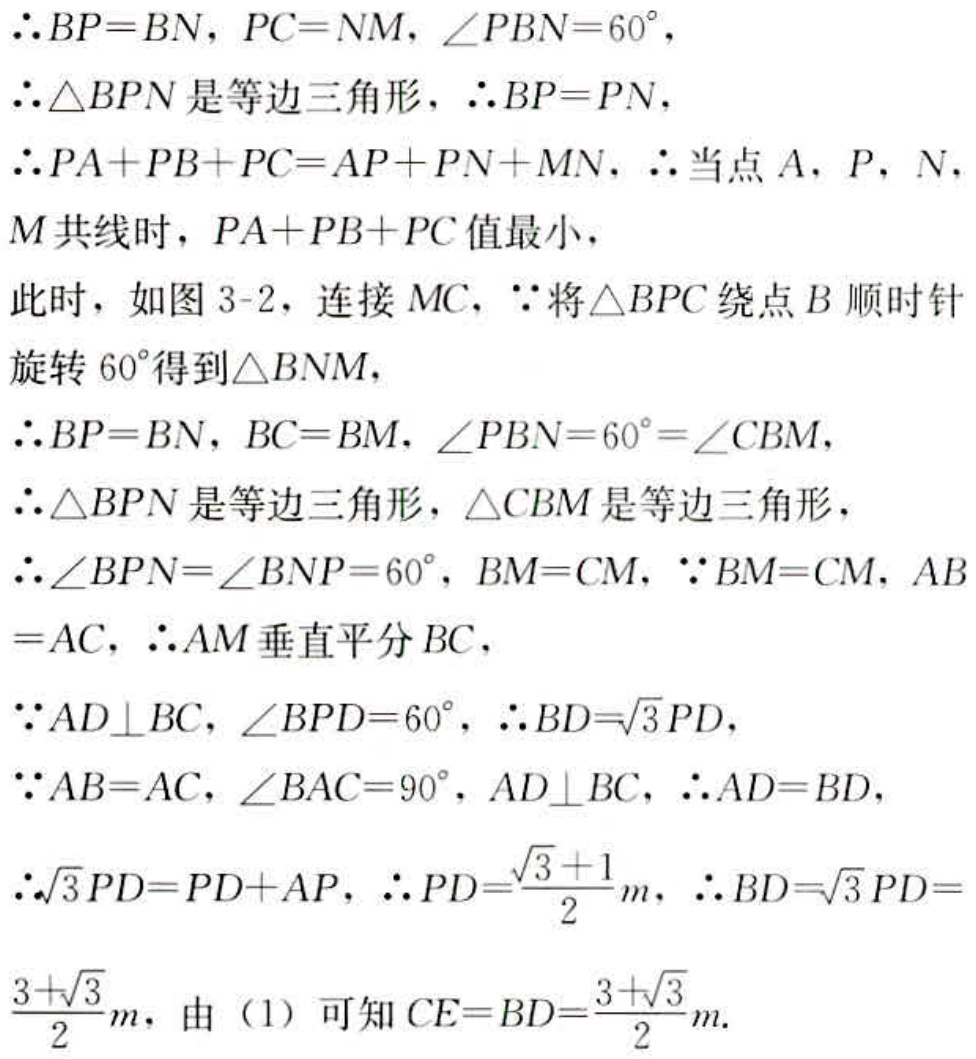
\(\therefore BP = BN, PC = NM, \angle PBN = 60^{\circ},\)
\(\therefore \triangle BPN\)是等边三角形，\(\therefore BP = PN,\)
\(\therefore PA + PB + PC = AP + PN + MN.\ \therefore\)当点\(A, P, N,\)
\(M\)共线时，\(PA + PB + PC\)值最小，
此时，如图\(3 - 2\)，连接\(MC,\ \because\)将\(\triangle BPC\)绕点\(B\)顺时针
旋转\(60^{\circ}\)得到\(\triangle BNM\)，
\(\therefore BP = BN, BC = BM, \angle PBN = 60^{\circ}=\angle CBM,\)
\(\therefore \triangle BPN\)是等边三角形，\(\triangle CBM\)是等边三角形，
\(\therefore \angle BPN=\angle BNP = 60^{\circ}, BM = CM,\ \because BM = CM, AB\)
\(= AC,\ \therefore AM\)垂直平分\(BC\)，
\(\because AD\perp BC, \angle BPD = 60^{\circ},\ \therefore BD = \sqrt{3}PD,\)
\(\because AB = AC, \angle BAC = 90^{\circ}, AD\perp BC,\ \therefore AD = BD,\)
\(\therefore \sqrt{3}PD = PD + AP,\ \therefore PD=\frac{\sqrt{3} + 1}{2}m,\ \therefore BD = \sqrt{3}PD =\)
\(\frac{3 + \sqrt{3}}{2}m\)，由（1）可知\(CE = BD=\frac{3 + \sqrt{3}}{2}m.\)